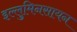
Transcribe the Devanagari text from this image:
इल्लुमिनसायन